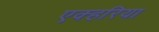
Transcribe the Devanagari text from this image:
एक्हरिया